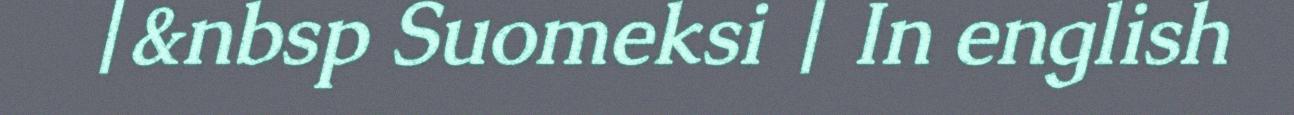
|&nbsp Suomeksi | In english